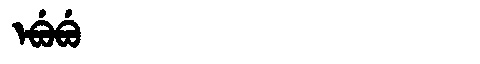
Manchu: ᡝᠪᡠᠪᡠ
Romanization: EBUBU